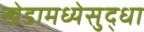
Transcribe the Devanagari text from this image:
खेडामध्येसुद्धा